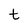
Character: t